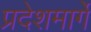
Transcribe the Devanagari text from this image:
प्रदेशमार्गे